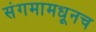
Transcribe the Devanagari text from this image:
संगमामधूनच